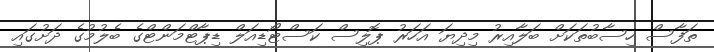
ތަފާސް ހިސާބުތަކަށް ބަލާއިރު މިދިޔަ އަހަރު ޕޮލިސް ކަސްޓޯޑިއަލް ޑިޕާޓްމަންޓްގެ ބެލުމުގެ ދަށުގައި